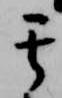
其